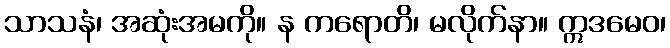
သာသနံ၊ အဆုံးအမကို။ န ကရောတိ၊ မလိုက်နာ။ ဣဒမေဝ၊